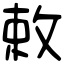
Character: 敕